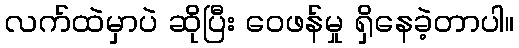
လက်ထဲမှာပဲ ဆိုပြီး ဝေဖန်မှု ရှိနေခဲ့တာပါ။